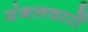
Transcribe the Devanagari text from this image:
मंगलवारों